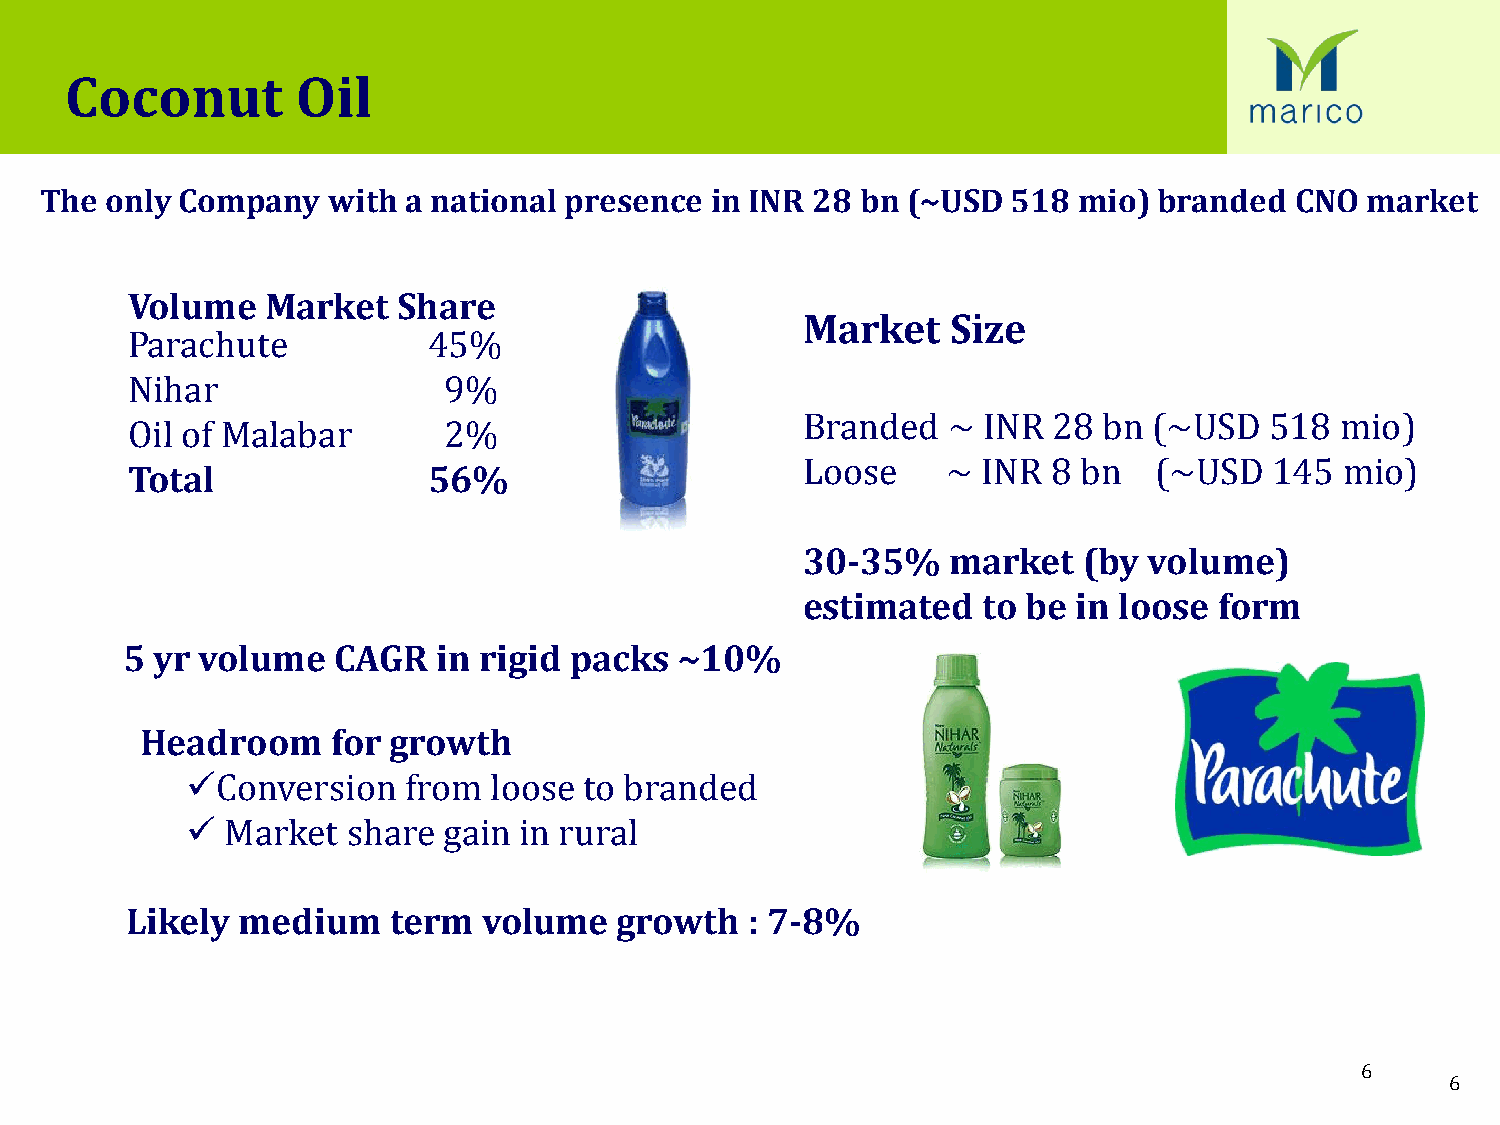
Coconut         Oil
 The only Company   with a national presence in INR 28 bn (~USD  518 mio)  branded  CNO market
 Volume    Market  Share
 Market    Size
 Parachute           45%
 Nihar                9%
 Branded   ~ INR  28 bn (~USD   518  mio)
 Oil of Malabar       2%
 Loose     ~ INR  8 bn  (~USD   145  mio)
 Total               56%
 30-35%    market   (by volume)
 estimated   to be in loose  form
 5 yr volume   CAGR   in rigid packs  ~10%
 Headroom     for growth
 Conversion    from loose  to branded
   Market  share gain in rural
 Likely  medium    term  volume   growth   : 7-8%
 6
 6